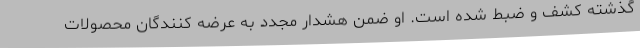
گذشته کشف و ضبط شده است. او ضمن هشدار مجدد به عرضه کنندگان محصولات